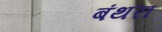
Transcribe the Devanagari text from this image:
बंथरा